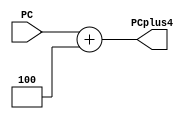
`timescale 1ns / 1ps


module adder #(parameter width=32)(
input [width-1:0] PC,
output [width-1:0] PCplus4 
);
assign PCplus4=PC+4;
endmodule